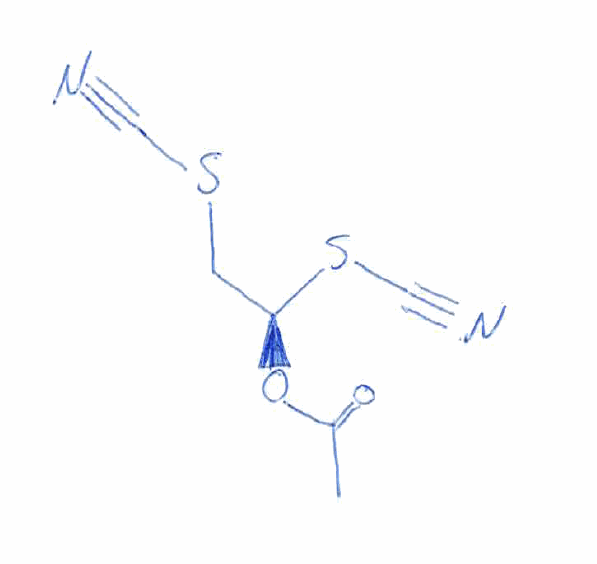
Simplified molecular-input line-entry system (SMILES) notation of the given molecule:
CC(=O)O[C@@H](CSC#N)SC#N